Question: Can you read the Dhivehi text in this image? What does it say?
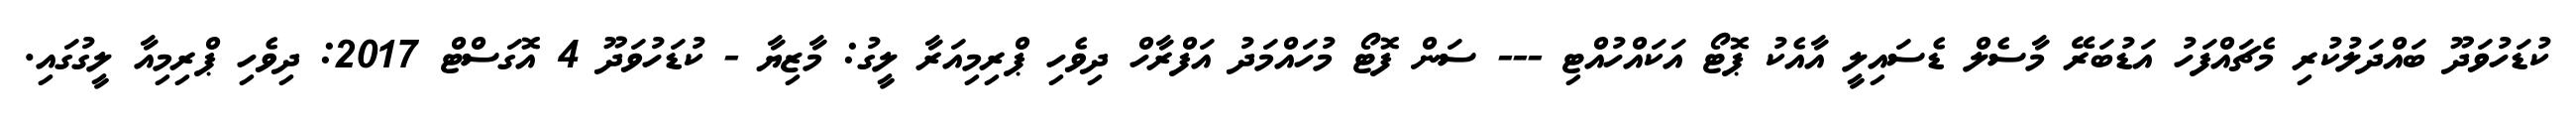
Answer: ކުޑަހުވަދޫ ބައްދަލުކުރި މެޗައްފަހު އަޑުބަރޭ މާސެލް ޑެސައިލީ އާއެކު ޕޮޓޯ އަކައްހުއްޓި --- ސަން ފޮޓޯ މުހައްމަދު އަފްރާހް ދިވެހި ޕްރިމިއަރާ ލީގު: މާޒިޔާ - ކުޑަހުވަދޫ 4 އޮގަސްޓް 2017: ދިވެހި ޕްރިމިއާ ލީގުގައި.